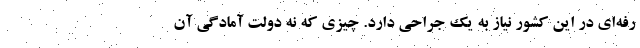
رفه‌ای در این کشور نیاز به یک جراحی دارد. چیزی که نه دولت آمادگی آن